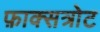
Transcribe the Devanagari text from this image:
फ़ाक्सत्रोट